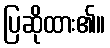
ပြဆိုထား၏။